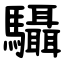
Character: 䯀